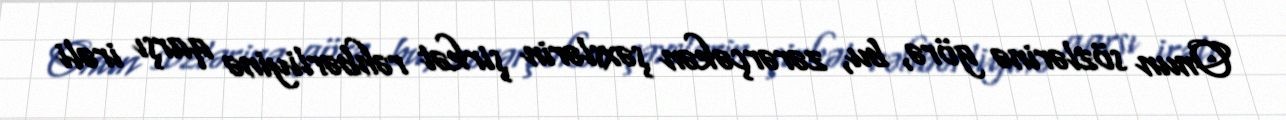
Onun sözlərinə görə, bu, zərərçəkən şəxslərin şirkət rəhbərliyinə qarşı irəli